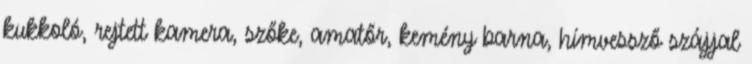
kukkoló, rejtett kamera, szőke, amatőr, kemény barna, hímvessző szájjal